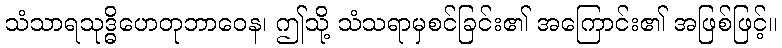
သံသာရသုဒ္ဓိဟေတုဘာဝေန၊ ဤသို့ သံသရာမှစင်ခြင်း၏ အကြောင်း၏ အဖြစ်ဖြင့်။